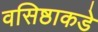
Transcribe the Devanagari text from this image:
वसिष्ठाकडे